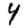
Digit: 4